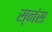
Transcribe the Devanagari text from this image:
स्नंस